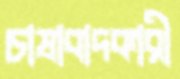
চাষাবাদকারী